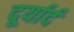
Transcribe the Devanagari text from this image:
दूर्यार्द